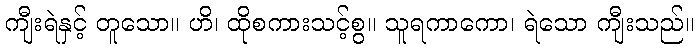
ကျီးရဲနှင့် တူသော။ ဟိ၊ ထိုစကားသင့်စွ။ သူရကာကော၊ ရဲသော ကျီးသည်။